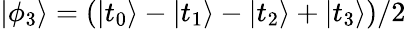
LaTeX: |\phi_{3}\rangle=(|t_{0}\rangle-|t_{1}\rangle-|t_{2}\rangle+|t_{3}\rangle)/2